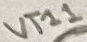
Text: VT11